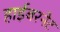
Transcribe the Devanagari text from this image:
हाईबरनेट